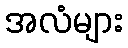
အလံများ